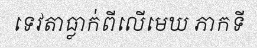
ទេវតាធ្លាក់ពីលើមេឃ ភាកទី